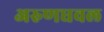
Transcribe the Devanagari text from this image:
अरुणधवल